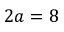
2 a = 8